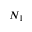
N _ { 1 }